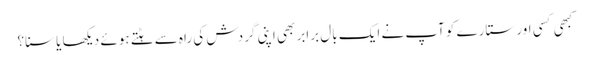
کبھی کسی اور ستارے کو آپ نے ایک بال برابر بھی اپنی گردش کی راہ سے ہٹتے ہوئے دیکھا یا سنا؟